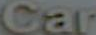
Car